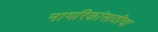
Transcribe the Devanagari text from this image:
नागरिकांसाठीचा